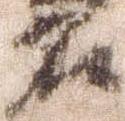
名